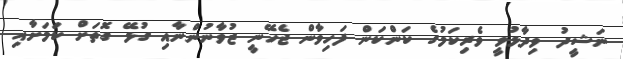
ނަޝީދު ވިދާޅުވީ ވެރިކަމުގެ ކަންކަން ފަހިވާން ޖެހޭނީ ޒުވާނުންނާއި ގުޅޭ ގޮތަށް ކަމަށާއި